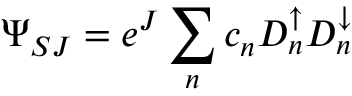
\Psi _ { S J } = e ^ { J } \sum _ { n } c _ { n } D _ { n } ^ { \uparrow } D _ { n } ^ { \downarrow }